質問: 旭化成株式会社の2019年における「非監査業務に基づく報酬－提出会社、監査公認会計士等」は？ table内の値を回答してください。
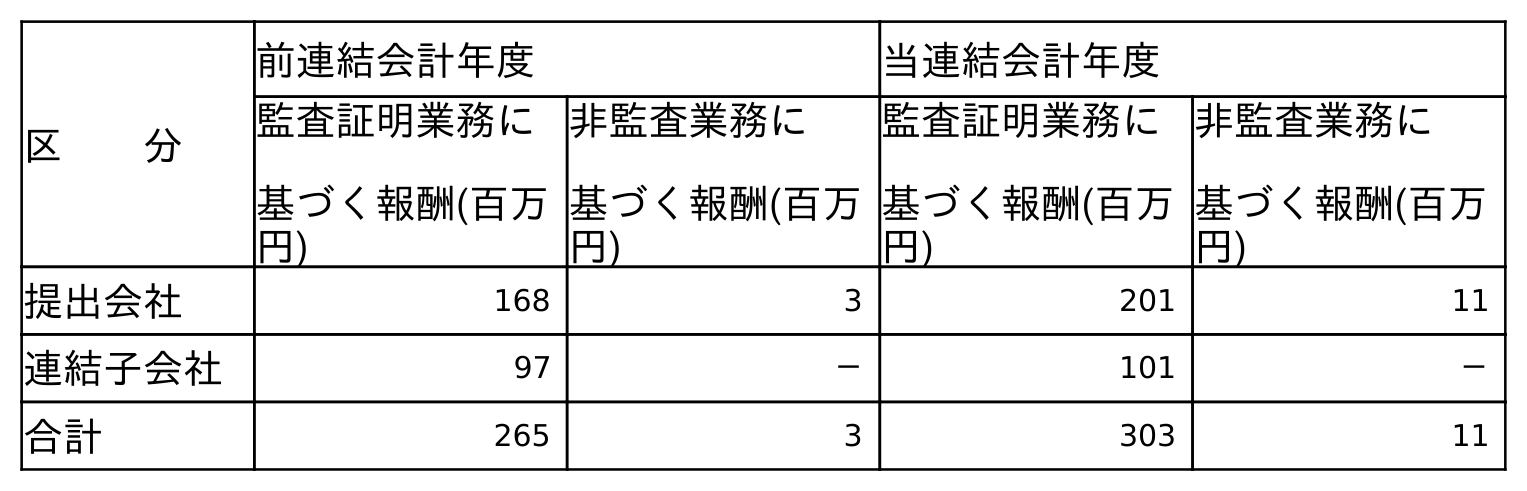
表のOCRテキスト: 区  分 前連結会計年度 当連結会計年度 監査証明業務に 基づく報酬(百万 円) 非監査業務に 基づく報酬(百万 円) 監査証明業務に 基づく報酬(百万 円) 非監査業務に 基づく報酬(百万 円) 提出会社 168 3 201 11 連結子会社 97 － 101 － 合計 265 3 303 11
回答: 3